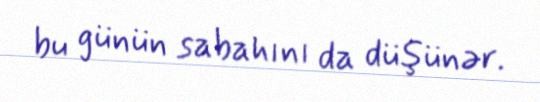
bu günün sabahını da düşünər.